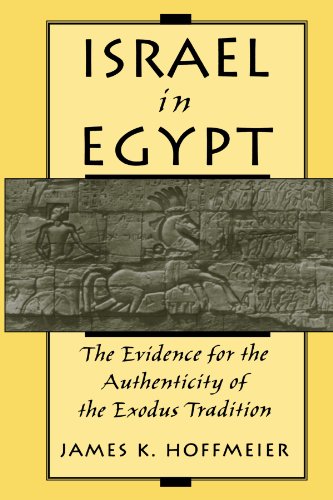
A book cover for Israel in Egypt: The Evidence for the Authenticity of the Exodus Tradition; James K. Hoffmeier; History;